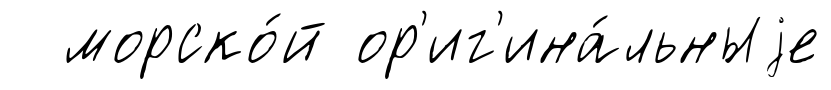
морско́й ор'иг'ина́льныjе